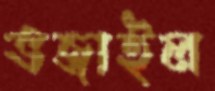
ভজাইল